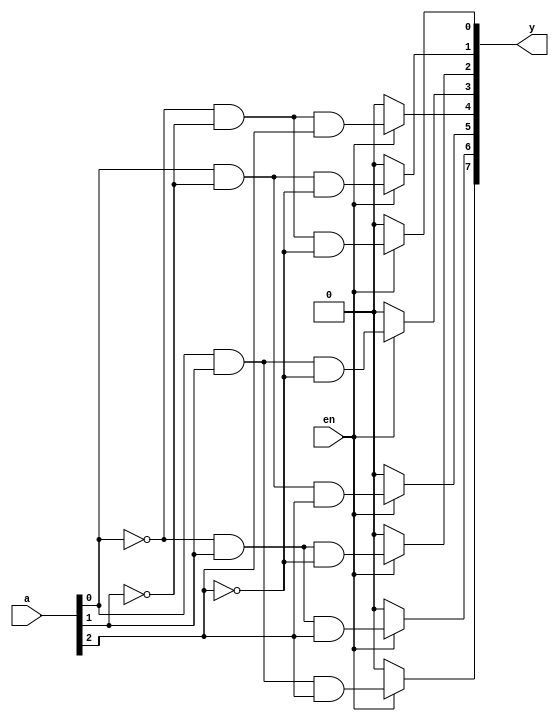
// Code your design here
module ayushPahuja_decoder_3x8(y,a,en);
  input [2:0]a;
  input en;
  output reg [7:0]y;
  always @(a) begin
    if(en==1)
      begin
        y[0] = !a[0] & !a[1] & !a[2];
        y[1] = a[0] & !a[1] & !a[2];
        y[2] = !a[0] & a[1] & !a[2];
        y[3] = a[0] & a[1] & !a[2];
        y[4] = !a[0] & !a[1] & a[2];
        y[5] = a[0] & !a[1] & a[2];
        y[6] = !a[0] & a[1] & a[2];
        y[7] = a[0] & a[1] & a[2];
      end
    else y = 8'b00000000;
  end
endmodule